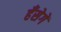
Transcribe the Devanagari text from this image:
हँसेगें